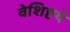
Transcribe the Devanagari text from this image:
वेशिष्टये